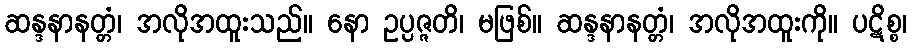
ဆန္ဒနာနတ္တံ၊ အလိုအထူးသည်။ နော ဥပ္ပဇ္ဇတိ၊ မဖြစ်။ ဆန္ဒနာနတ္တံ၊ အလိုအထူးကို။ ပဋိစ္စ၊